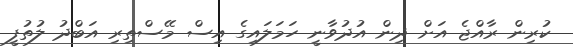
ކުރިން ރާއްޖެ އަށް ދިން އުދުވާނީ ހަމަލައިގެ އިސް މޭސްތިރި އަބްދު ލުތުފީ